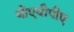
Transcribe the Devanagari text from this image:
बीएवीपीए